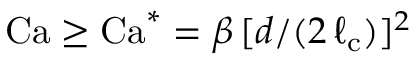
\mathrm { C a } \geq \mathrm { C a } ^ { * } = \beta \, [ d / ( 2 \, \ell _ { \mathrm { c } } ) ] ^ { 2 }